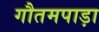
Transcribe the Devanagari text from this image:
गौतमपाड़ा